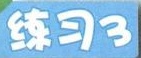
练习3